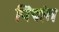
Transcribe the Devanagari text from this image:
पिंपांत